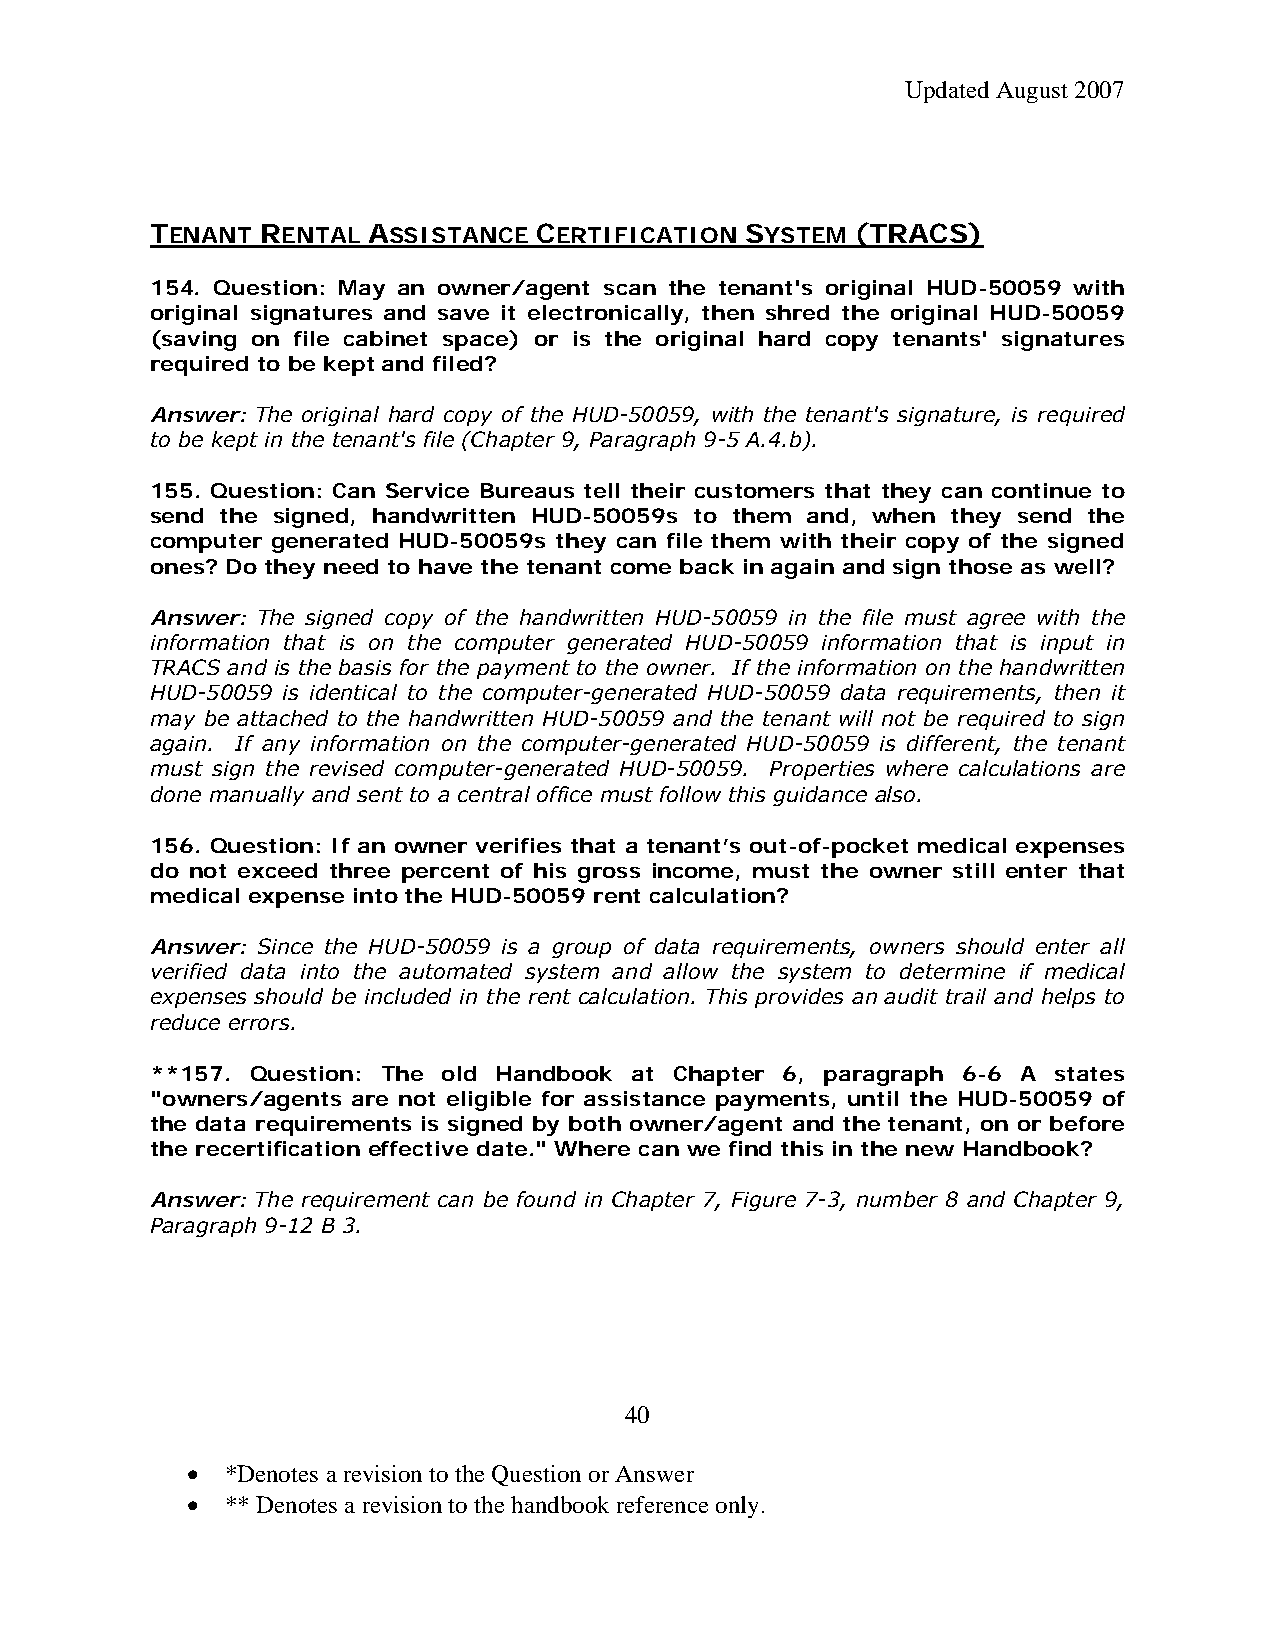
Updated August 2007
 TENANT RENTAL ASSISTANCE  CERTIFICATION SYSTEM (TRACS)
 154. Question: May an owner/agent scan the tenant's original HUD-50059 with
 original signatures and save it electronically, then shred the original HUD-50059
 (saving on file cabinet space) or is the original hard copy tenants' signatures
 required to be kept and filed?
 Answer: The original hard copy of the HUD-50059, with the tenant's signature, is required
 to be kept in the tenant's file (Chapter 9, Paragraph 9-5 A.4.b).
 155. Question: Can Service Bureaus tell their customers that they can continue to
 send the signed, handwritten HUD-50059s to them and, when they send the
 computer generated HUD-50059s they can file them with their copy of the signed
 ones? Do they need to have the tenant come back in again and sign those as well?
 Answer: The signed copy of the handwritten HUD-50059 in the file must agree with the
 information that is on the computer generated HUD-50059 information that is input in
 TRACS and is the basis for the payment to the owner. If the information on the handwritten
 HUD-50059 is identical to the computer-generated HUD-50059 data requirements, then it
 may be attached to the handwritten HUD-50059 and the tenant will not be required to sign
 again. If any information on the computer-generated HUD-50059 is different, the tenant
 must sign the revised computer-generated HUD-50059. Properties where calculations are
 done manually and sent to a central office must follow this guidance also.
 156. Question: If an owner verifies that a tenant’s out-of-pocket medical expenses
 do not exceed three percent of his gross income, must the owner still enter that
 medical expense into the HUD-50059 rent calculation?
 Answer: Since the HUD-50059 is a group of data requirements, owners should enter all
 verified data into the automated system and allow the system to determine if medical
 expenses should be included in the rent calculation. This provides an audit trail and helps to
 reduce errors.
 **157. Question: The old Handbook at Chapter 6, paragraph 6-6 A states
 "owners/agents are not eligible for assistance payments, until the HUD-50059 of
 the data requirements is signed by both owner/agent and the tenant, on or before
 the recertification effective date." Where can we find this in the new Handbook?
 Answer: The requirement can be found in Chapter 7, Figure 7-3, number 8 and Chapter 9,
 Paragraph 9-12 B 3.
 40
 •  *Denotes a revision to the Question or Answer
 •  ** Denotes a revision to the handbook reference only.